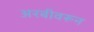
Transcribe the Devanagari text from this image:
अरबीवरून